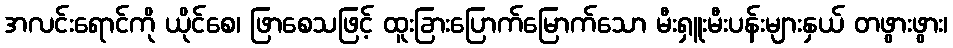
အလင်းရောင်ကို ယိုင်စေ၊ ဖြာစေသဖြင့် ထူးခြားပြောက်မြောက်သော မီးရှူးမီးပန်းများနှယ် တဖွားဖွား၊